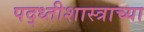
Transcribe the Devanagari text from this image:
पद्ध्तीशास्त्राच्या